Tezpur Lunatic Asylum reports 1895-1904 - 1895-1904
Year: 1895
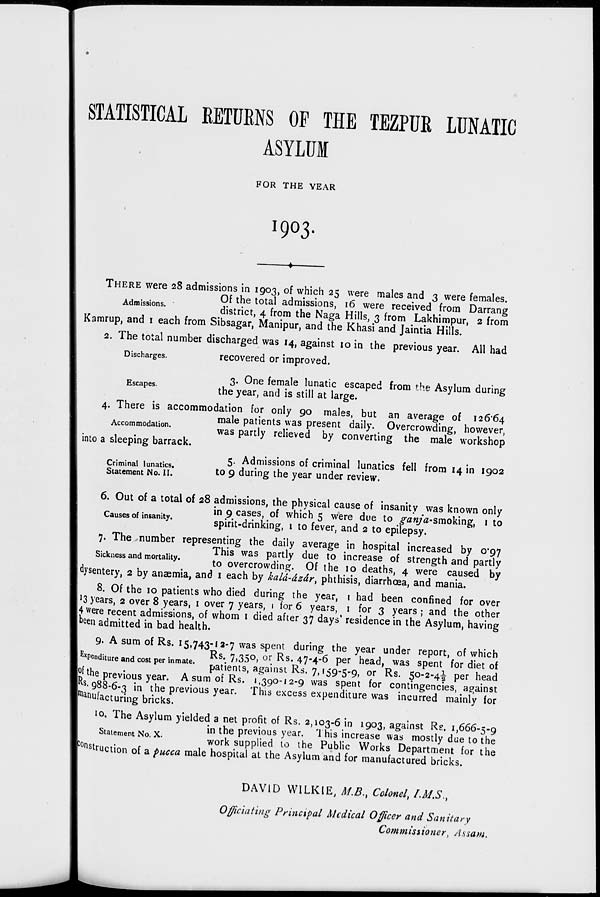
STATISTICAL EETUENS OF THE TEZPUE LUNATIC
ASYLUM
FOR THE YEAR
1903
THERE were 28 admissions in 1903, of which 25 were males and 3 were females.
.
Of the total admissions, 16 were received from Darrang
district, 4 from the Naga Hills, 3 from Lakhimpur, 2 from
Kamrup, and 1 each from Sibsagar, Manipur, and the Khasi and Jaintia Hills.
2. The total number discharged was 14, against 10 in the previous year. All had
Discharges.
recovered or improved.
3. One female lunatic escaped from the Asylum during
scapes '
the year, and is still at large.
4. There is accommodation for only 90 males, but an average of 126*64
male patients was present daily. Overcrowding, however,
was partly relieved by converting the male workshop
into a sleeping barrack.
„..,..
5- Admissions of criminal lunatics fell from 14 in 1902
Criminal lunatics.
*. *1 J •
*L
J
•
Statement No. II.
to 9 during the year under review.
6. Out of a total of 28 admissions, the physical cause of insanity was known only
.
in 9 cases, of which 5 were due to ganja-smoking, 1 to
auseso msamty.
spirit-drinking, 1 to fever, and 2 to epilepsy.
7. The number representing the daily average in hospital increased by 0*97
This was partly due to increase of strength and partly
SKkness and mortal^
to overcrowding. Of the 10 deaths, 4 were caused by
dysentery, 2 by anaemia, and 1 each by kald-dzdr, phthisis, diarrhoea, and mania.
8. Of the 10 patients who died during the year, 1 had been confined for over
'3 years, 2 over 8 years, 1 over 7 years, 1 for 6 years, 1 for 3 years ; and the other
Uvvere recent admissions, of whom 1 died after 37 days' residence in the Asylum, having
I been admitted in bad health.
9. A sum of Rs. 15,743-12-7 was spent during the year under report, of which
p vn „ ,.
.
.
Rs. 7,3S°, or R s - 47"4-6 per head, was spent for diet of
S*penduure and cost per mmate.
p atie^s^gainst R^ ^ ,^5^ or Rs . ^.^ per hea d
|j>i the previous year. A sum of Rs. 1,390-12-9 was spent for contingencies, against
l^s. 988-6-3 in the previous year. This excess expenditure was incurred mainly for
|i)anufacturing bricks.
10. The Asylum yielded a net profit of Rs. 2,103-6 in 1903, against Rs. 1,666-5-9
s
in the previous year. This increase was mostly due to the
work supplied to the Public Works Department for the
°nstruction of a fucca male hospital at the Asylum and for manufactured bricks.
DAVID WILKIE, M.B., Colonel, /M.S.,
Officiating Principal Medical Officer and Sanitary
Commissioner, Assam.